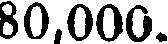
80,000.